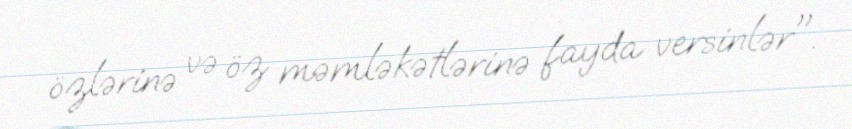
özlərinə və öz məmləkətlərinə fayda versinlər".